Scottish Leaving Certificate Examination, 1954
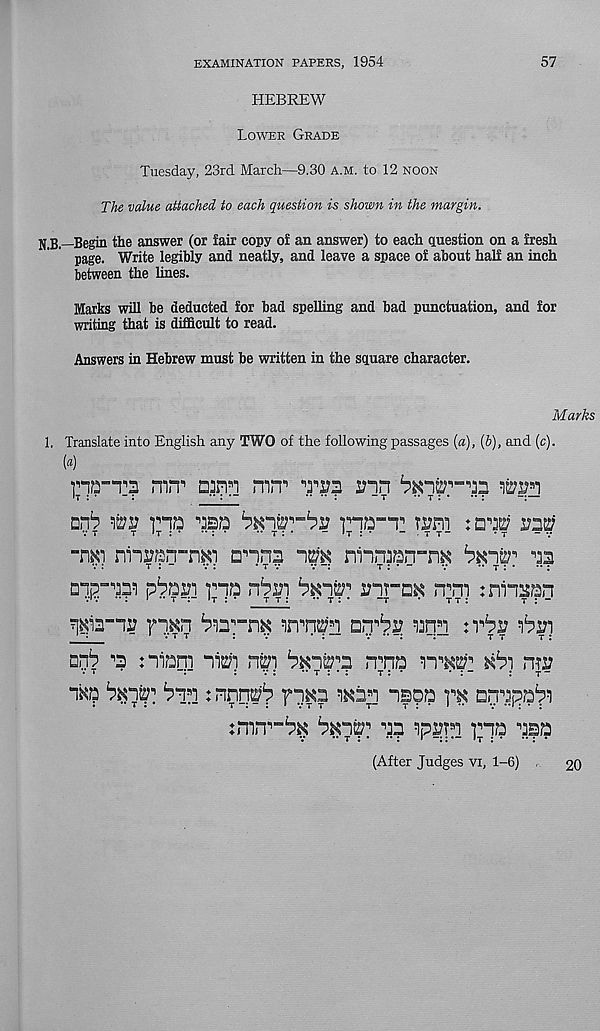
EXAMINATION PAPERS, 1954
57
HEBREW
Lower Grade
Tuesday, 23rd March—9.30 a.m. to 12 noon
The value attached to each question is shown in the margin.
U B—Begin the answer (or fair copy of an answer) to each question on a fresh
page. Write legibly and neatly, and leave a space of about half an inch
between the lines.
Marks will be deducted for bad spelling and bad punctuation, and for
writing that is difficult to read.
Answers in Hebrew must be written in the square character.
Marks
1, Translate into English any TWO of the following passages [a), (6), and (c).
[a)
mrr
mrr
inn
win
nrb wu
"Ba
’pa-T
ras?
v t
t 't : •
•
■* t : *
“
~ t t -
• t
- v
-m'] nin#n“nKi anna im nnraan~nK
^2
pbaui rna r6in
virm nm :ninmn
DHb n : niaqi i§j) n|;)
nna nw
nw
bvrki ‘pp : nnn^ Y~)W
ispa
bpn ap ipsni ]na ppa
(After Judges vi, 1-6)
20